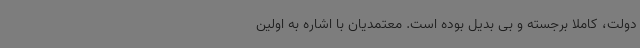
دولت، کاملاً برجسته و بی بدیل بوده است. معتمدیان با اشاره به اولین